system: You are a helpful assistant.
user:
Analyze the provided spectrum to determine if it is a **M-type Giant (gM)**.

A M-type Giant spectrum is defined by its **strong molecular absorption** features, particularly from **Titanium Oxide (TiO)**. You must check for one of the following mutually exclusive signatures:

- **Key Visual Indicators (Absorption-Dominated Spectrum):**

    - **(Primary):** The spectrum is dominated by strong molecular absorption from **Titanium Oxide (TiO)**. This is the **defining feature** of its M-type temperature class.
        - **(Key Bandheads):** Look for sharp, "saw-tooth" absorption valleys. The strongest are located near **~7050 Å**, **~6160 Å**, and **~5170 Å**.
        - **(Line Profile):** The "saw-tooth" morphology is critical: a **sharp, steep drop on the BLUE (short-wavelength) side** of the bandhead, followed by a gradual recovery (rising flux) towards the RED (long-wavelength) side.

    - **(Key Confirmation - Giant vs. Dwarf):** **ABSENCE** of strong **Calcium Hydride (CaH)** molecular bands. This is the primary diagnostic for *excluding* M-dwarfs.
        - **(Key Region):** The spectrum should lack the strong, broad absorption band seen in dwarfs between **~6800 Å and ~7000 Å**.

    - **(Secondary Confirmation - Giant):** A very strong and broad **Neutral Calcium (Ca I)** atomic absorption line.
        - **(Key Line):** Located at **~4226 Å**. In a giant (gM), this line is significantly deeper and broader than the same line in an M-dwarf (dM) due to low surface gravity.

    - **(Overall Spectrum):**
        - The continuum is **extremely red-sloping** (i.e., flux is very low in the blue and rises dramatically towards the red).
        - The entire spectrum appears "chopped up" by the deep TiO bands.

Think first, call **spectral_visualization_tool** if needed to examine features in detail, then provide your final answer. Your response must adhere to the following strict rules:
1.  **Overall Structure:** Your response must follow the format `<think>...</think> <tool_call>...</tool_call> (if a tool is used) <answer>...</answer>`.
2.  **Tool Usage Constraint:** You may only make **one** tool call per turn.
3.  **Final Answer Format:** In the `<answer>` tag, your conclusion must be inside a `\boxed{}` command (e.g., `\boxed{YES}` or `\boxed{NO}`), followed by your justification.

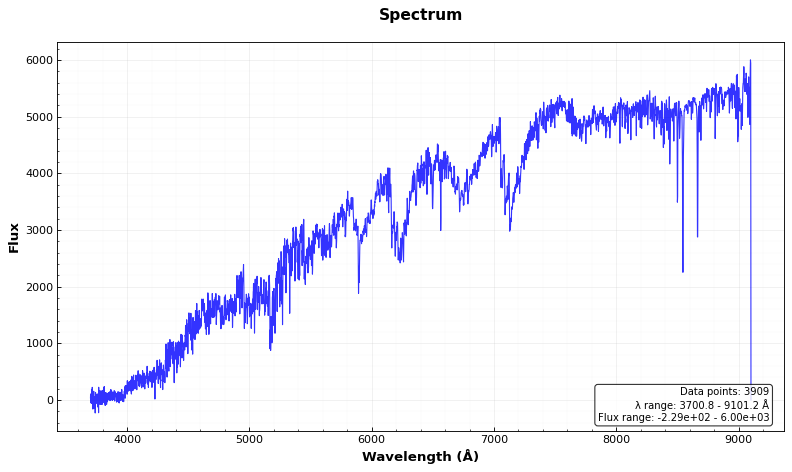
Answer: YES